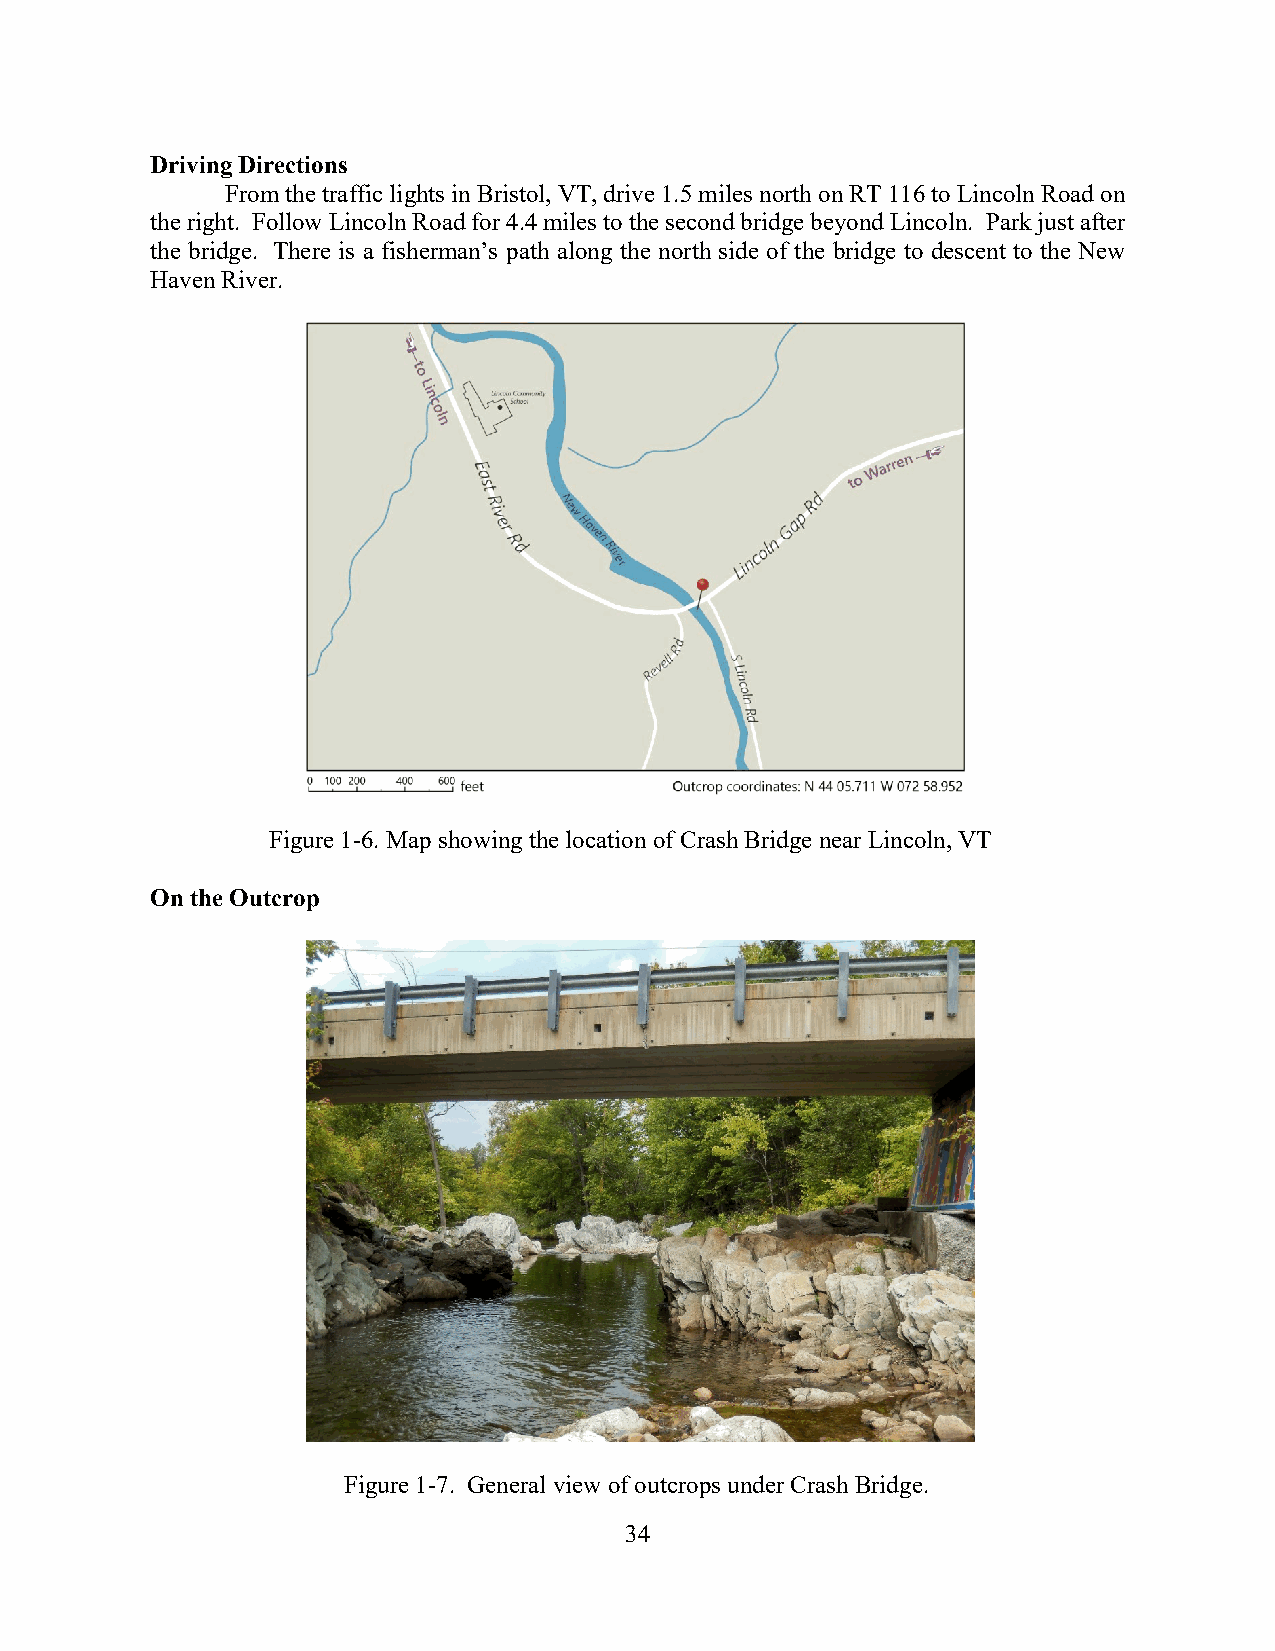
Driving Directions
 From the traffic lights in Bristol, VT, drive 1.5 miles north on RT 116 to Lincoln Road on
 the right. Follow Lincoln Road for 4.4 miles to the second bridge beyond Lincoln. Park just after
 the bridge. There is a fisherman’s path along the north side of the bridge to descent to the New
 Haven River.
 Figure 1-6. Map showing the location of Crash Bridge near Lincoln, VT
 On the Outcrop
 Figure 1-7. General view of outcrops under Crash Bridge.
 34